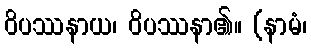
ဝိပဿနာယ၊ ဝိပဿနာ၏။ (နာမံ၊